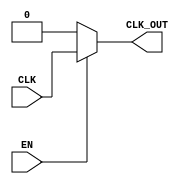
module ClockGating(
    input wire CLK,        // Primary clock signal
    input wire EN,         // Enable signal
    output wire CLK_OUT    // Gated clock output
);
    wire EN_B;            // Inverted enable signal

    // Invert enable signal
    assign EN_B = ~EN;

    // Clock gating logic using transmission gate (conceptually)
    // Here we simulate the behavior with AND gates
    assign CLK_OUT = (EN) ? CLK : 1'b0;
endmodule